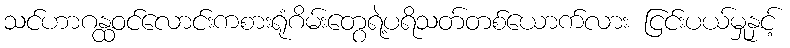
သင်ဟာဂန္ထဝင်လောင်းကစားရုံဂိမ်းတွေရဲ့ပရိသတ်တစ်ယောက်လား ငြင်းပယ်မှုနှင့်